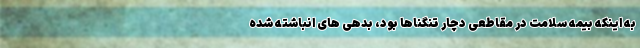
به اینکه بیمه سلامت در مقاطعی دچار تنگناها بود، بدهی های انباشته شده